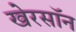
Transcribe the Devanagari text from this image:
खेरसॉन